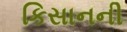
કિસાનની